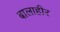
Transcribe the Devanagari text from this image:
बालाहीर